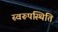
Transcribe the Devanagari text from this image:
स्वरूपस्थिति